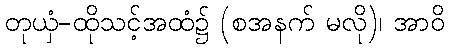
တုယှံ-ထိုသင့်အထံ၌ (စအနက် မလို)၊ အာဝိ